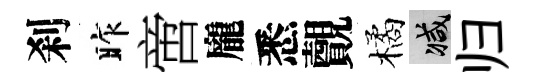
刹昨啻龐悉覿橘减归